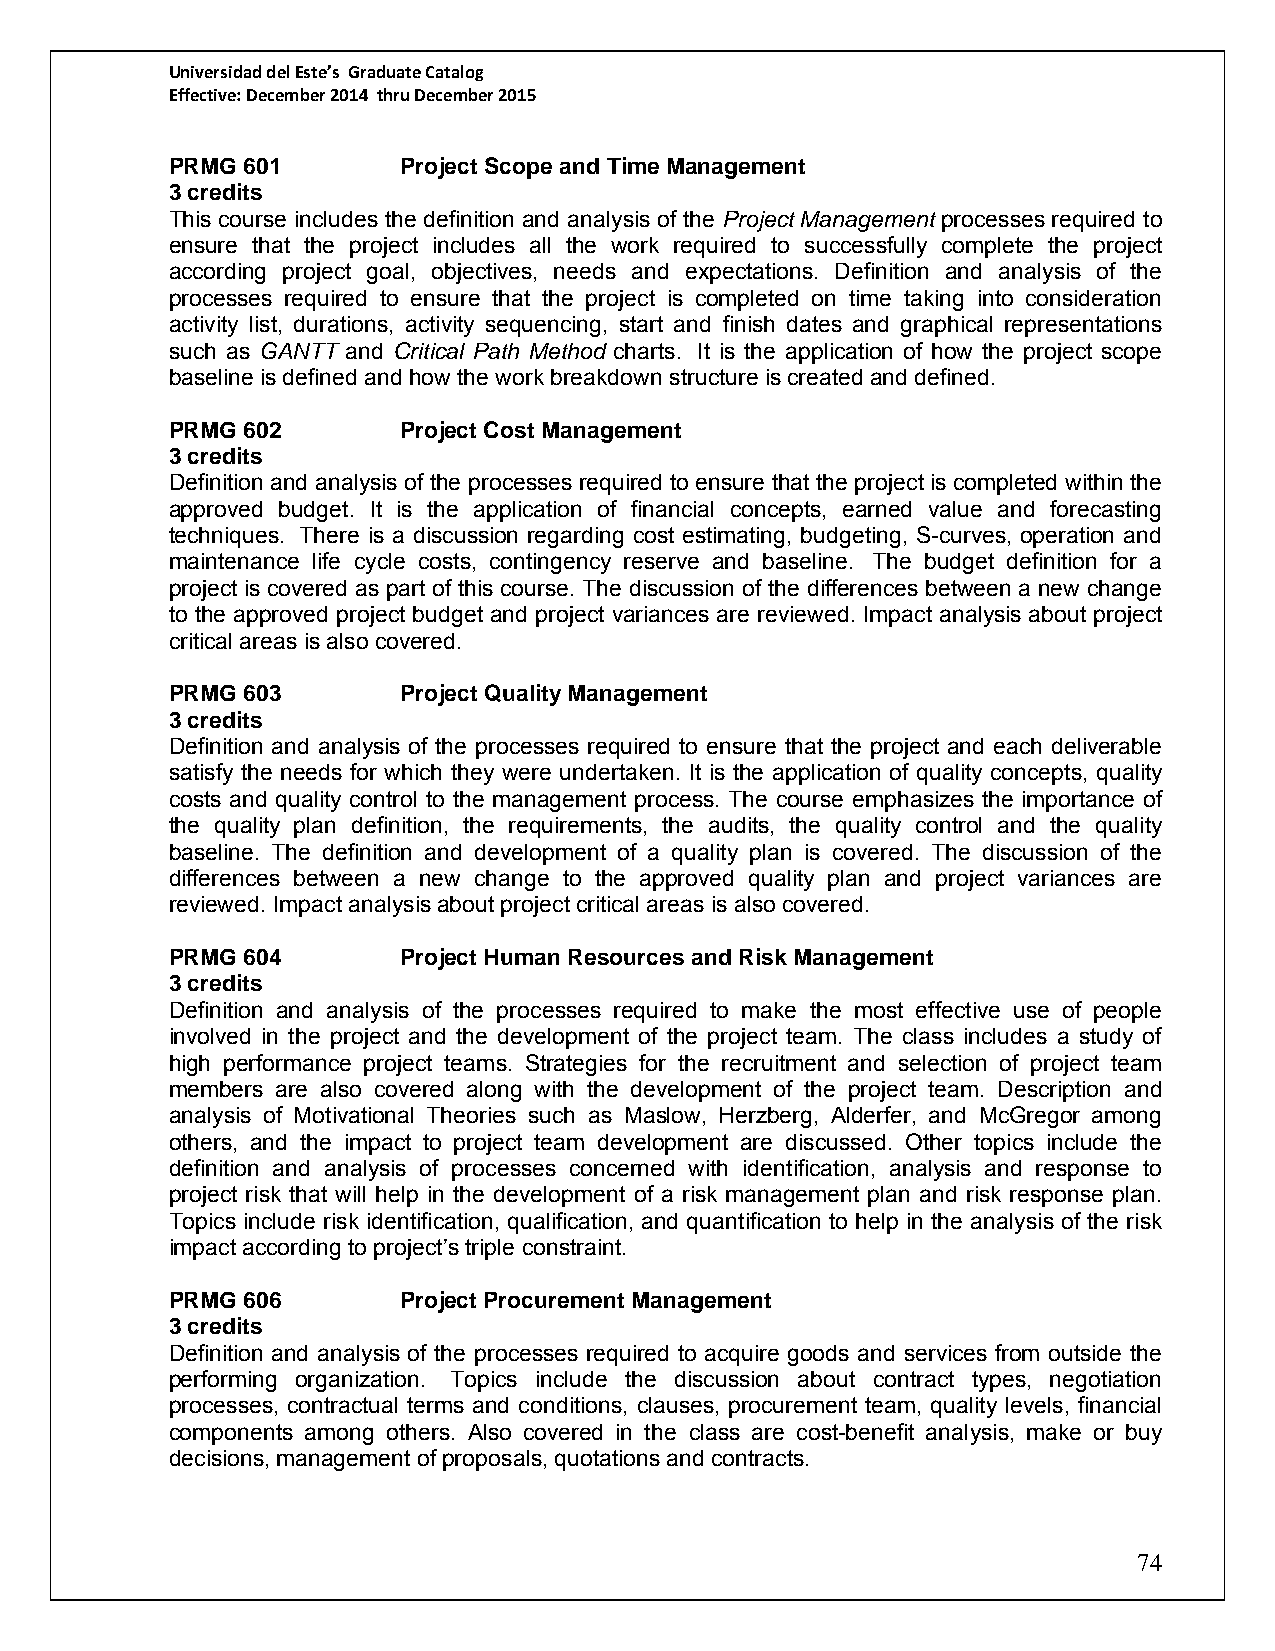
Universidad del Este’s Graduate Catalog
 Effective: December 2014 thru December 2015
 PRMG 601       Project Scope and Time Management
 3 credits
 This course includes the definition and analysis of the Project Management processes required to
 ensure that the project includes all the work required to successfully complete the project
 according project goal, objectives, needs and expectations. Definition and analysis of the
 processes required to ensure that the project is completed on time taking into consideration
 activity list, durations, activity sequencing, start and finish dates and graphical representations
 such as GANTT and Critical Path Method charts. It is the application of how the project scope
 baseline is defined and how the work breakdown structure is created and defined.
 PRMG 602       Project Cost Management
 3 credits
 Definition and analysis of the processes required to ensure that the project is completed within the
 approved budget. It is the application of financial concepts, earned value and forecasting
 techniques. There is a discussion regarding cost estimating, budgeting, S-curves, operation and
 maintenance life cycle costs, contingency reserve and baseline. The budget definition for a
 project is covered as part of this course. The discussion of the differences between a new change
 to the approved project budget and project variances are reviewed. Impact analysis about project
 critical areas is also covered.
 PRMG 603       Project Quality Management
 3 credits
 Definition and analysis of the processes required to ensure that the project and each deliverable
 satisfy the needs for which they were undertaken. It is the application of quality concepts, quality
 costs and quality control to the management process. The course emphasizes the importance of
 the quality plan definition, the requirements, the audits, the quality control and the quality
 baseline. The definition and development of a quality plan is covered. The discussion of the
 differences between a new change to the approved quality plan and project variances are
 reviewed. Impact analysis about project critical areas is also covered.
 PRMG 604       Project Human Resources and Risk Management
 3 credits
 Definition and analysis of the processes required to make the most effective use of people
 involved in the project and the development of the project team. The class includes a study of
 high performance project teams. Strategies for the recruitment and selection of project team
 members are also covered along with the development of the project team. Description and
 analysis of Motivational Theories such as Maslow, Herzberg, Alderfer, and McGregor among
 others, and the impact to project team development are discussed. Other topics include the
 definition and analysis of processes concerned with identification, analysis and response to
 project risk that will help in the development of a risk management plan and risk response plan.
 Topics include risk identification, qualification, and quantification to help in the analysis of the risk
 impact according to project’s triple constraint.
 PRMG 606       Project Procurement Management
 3 credits
 Definition and analysis of the processes required to acquire goods and services from outside the
 performing organization. Topics include the discussion about contract types, negotiation
 processes, contractual terms and conditions, clauses, procurement team, quality levels, financial
 components among others. Also covered in the class are cost-benefit analysis, make or buy
 decisions, management of proposals, quotations and contracts.
 74